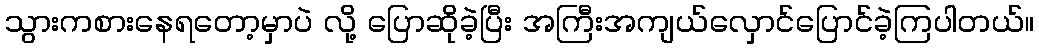
သွားကစားနေရတော့မှာပဲ လို့ ပြောဆိုခဲ့ပြီး အကြီးအကျယ်လှောင်ပြောင်ခဲ့ကြပါတယ်။